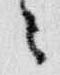
々